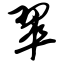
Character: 翠